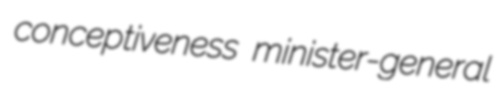
conceptiveness minister-general